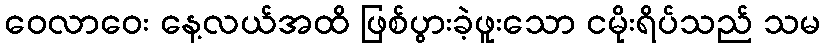
ဝေလာဝေး နေ့လယ်အထိ ဖြစ်ပွားခဲ့ဖူးသော ငမိုးရိပ်သည် သမ